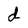
Character: d